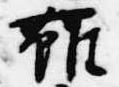
雖